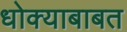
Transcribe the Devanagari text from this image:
धोक्याबाबत